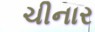
ચીનાર